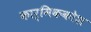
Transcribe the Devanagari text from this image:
कार्मिककोश